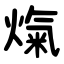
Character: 熂